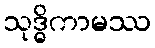
သုဒ္ဓိကာမဿ